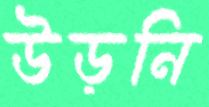
উড়নি